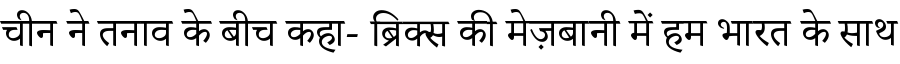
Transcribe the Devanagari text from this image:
चीन ने तनाव के बीच कहा- ब्रिक्स की मेज़बानी में हम भारत के साथ